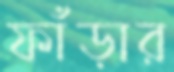
ফাঁড়ার